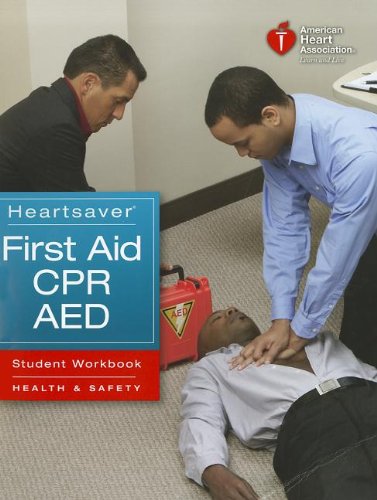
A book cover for Heartsaver First Aid CPR AED Student Workbook; Medical Books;